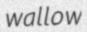
wallow